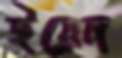
ইয়েদ